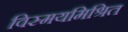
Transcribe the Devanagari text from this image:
विस्मयमिश्रित